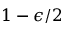
1 - \epsilon / 2